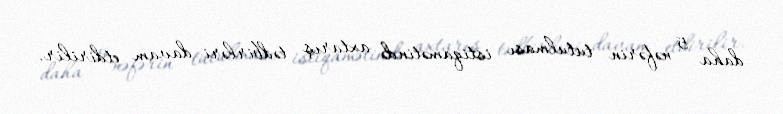
daha 5 nəfərin tutulması istiqamətində axtarış tədbirləri davam etdirilir.